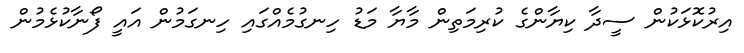
އިރުކޮޅަކުން ސީދާ ކިޔާންގެ ކުރިމަތިން މާޔާ މަޑު ހިނގުމެއްގައި ހިނގަމުން އައީ ފޯނާކުޅެމުން